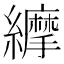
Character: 𦇑